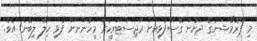
މި ޕްރޮމޯޝަނުގެ ދަށުން ގޭސްފުޅިއަށް ރަޖިސްޓަރީކުރާ މީހުންނަށް ފުޅި ހިލޭ ލިބޭނެ އެވެ.